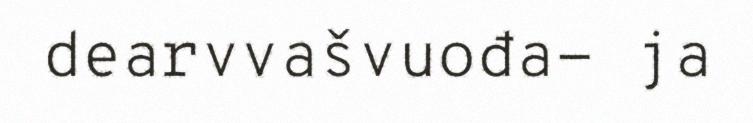
dearvvašvuođa- ja